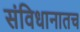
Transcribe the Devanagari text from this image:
संविधानातच